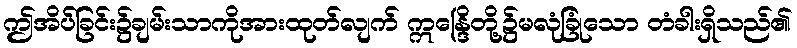
ဤအိပ်ခြင်း၌ချမ်းသာကိုအားထုတ်လျက် ဣန္ဒြေိတို့၌မလုံခြုံသော တံခါးရှိသည်၏